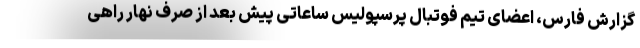
گزارش فارس، اعضای تیم فوتبال پرسپولیس ساعاتی پیش بعد از صرف نهار راهی